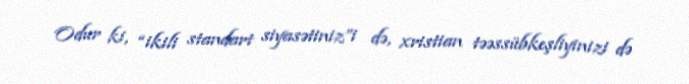
Odur ki, “ikili standart siyasətiniz”i də, xristian təəssübkeşliyinizi də